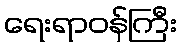
ရေးရာဝန်ကြီး